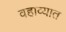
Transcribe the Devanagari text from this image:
वहाव्यात